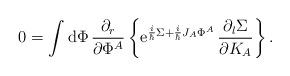
LaTeX: \begin{align*}0=\int {\rm d}\Phi\, {\partial_r\over \partial \Phi^A}\left\{{\rm e}^{{i\over \hbar}\Sigma+{i\over \hbar}J_A\Phi^A}\,{\partial_l\Sigma\over \partial K_A}\right\}.\end{align*}